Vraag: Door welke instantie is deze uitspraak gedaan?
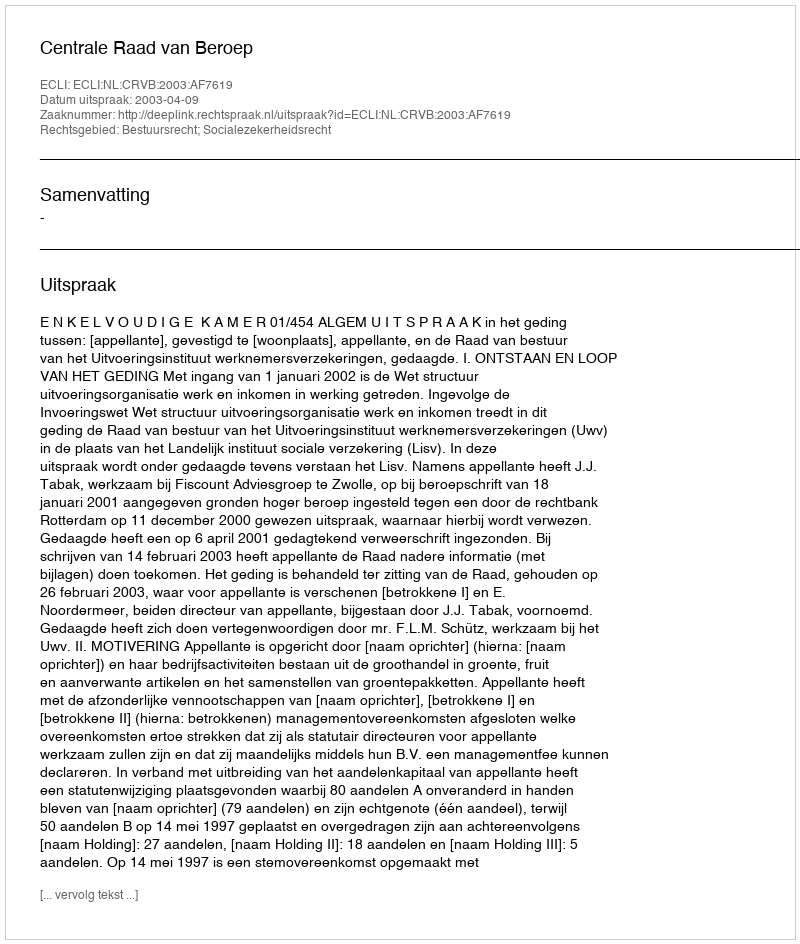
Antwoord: Centrale Raad van Beroep